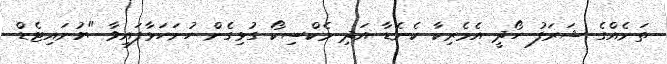
ތަނެއްގެ ޝަރަފު ހޯދީ އެމެރިކާ ކެނެޑާ އަދި މެކްސިކޯ ގުޅިގެން ހުށަހަޅާފައިވާ "ޔުނައިޓެޑް